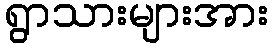
ရွာသားများအား